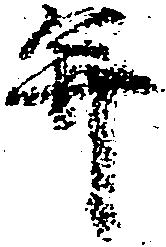
并